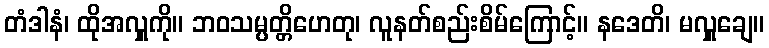
တံဒါနံ၊ ထိုအလှူကို။ ဘဝသမ္ပတ္တိဟေတု၊ လူနတ်စည်းစိမ်ကြောင့်။ နဒေတိ၊ မလှူချေ။